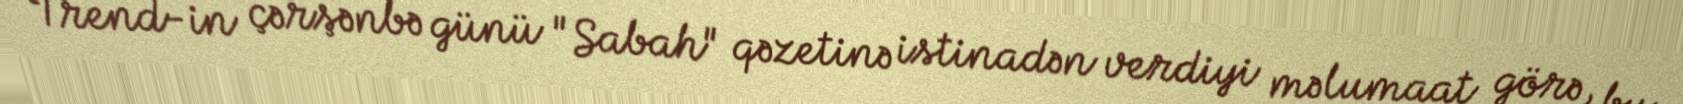
Trend-in çərşənbə günü "Sabah" qəzetinə istinadən verdiyi məlumaat görə, bu